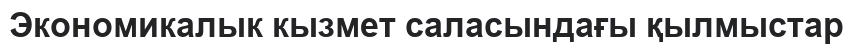
Экономикалык кызмет саласындағы қылмыстар